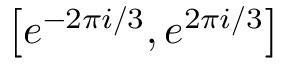
\left[ e ^ { - 2 \pi i / 3 } , e ^ { 2 \pi i / 3 } \right]